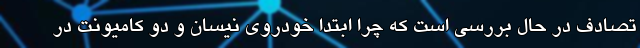
تصادف در حال بررسی است که چرا ابتدا خودروی نیسان و دو کامیونت در